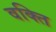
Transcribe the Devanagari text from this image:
वक्ति